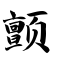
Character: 颤